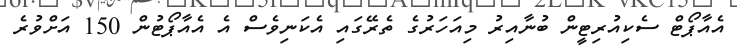
އެއާޕޯޓް ސެކިއުރިޓީން ބުނާއިރު މިއަހަރުގެ ތެރޭގައި އެކަނިވެސް އެ އެއާޕޯޓުން 150 އަށްވުރެ